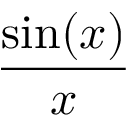
\frac { \sin ( x ) } { x }